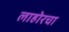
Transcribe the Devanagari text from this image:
लाहोरचा